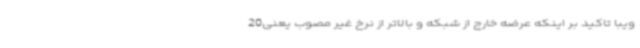
ویبا تاکید بر اینکه عرضه خارج از شبکه و بالاتر از نرخ غیر مصوب یعنی20